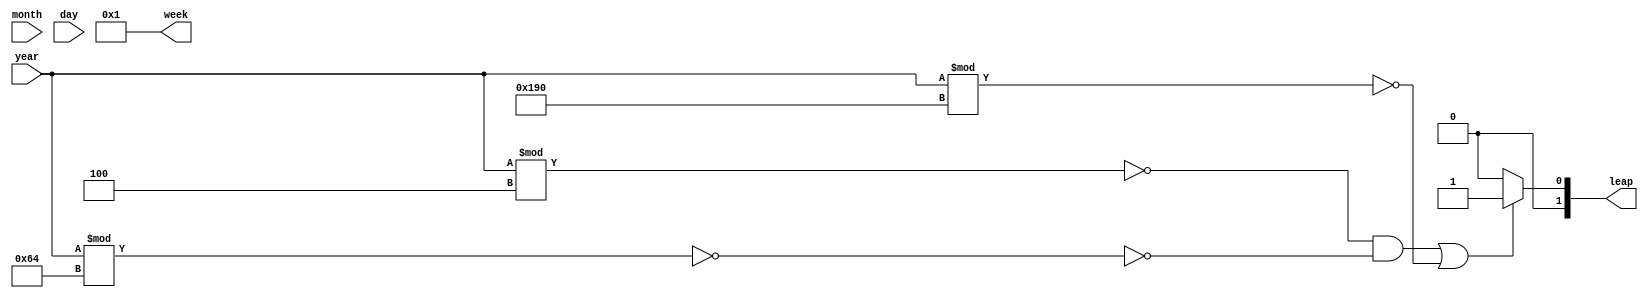
module leap_week(leap,week,year,month,day);
	output [1:0]leap;
	output [7:0]week;
	input year;
	input month;
	input day;
	assign leap=(((year%4==0)&&(!(year%100==0)))||(year%400==0))?1:0;
	assign week=1;
endmodule